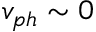
v _ { p h } \sim 0